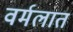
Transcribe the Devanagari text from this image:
वर्मलात